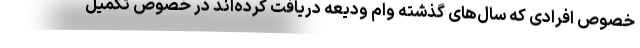
خصوص افرادی که سال‌های گذشته وام ودیعه دریافت کرده‌اند در خصوص تکمیل